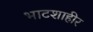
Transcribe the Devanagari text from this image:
भाटशाहीर